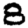
Digit: 8